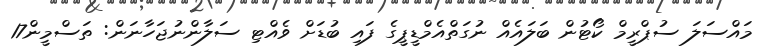
މައްސަލަ ސުޕްރީމް ކޯޓުން ބަލައެއް ނުގަތްއެމްޑީޕީގެ ފައި ބުޑަށް ވެއްޓި ސަލާންނުޖަހާނަން: ތަސްމީން17